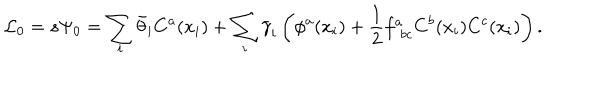
{ \cal L } _ { 0 } = s \Psi _ { 0 } = \sum _ { i } \bar { \theta } _ { i } C ^ { a } ( x _ { i } ) + \sum _ { i } \bar { \gamma } _ { i } \left( \phi ^ { a } ( x _ { i } ) + { \frac { 1 } { 2 } } f _ { \phantom { a } b c } ^ { a } C ^ { b } ( x _ { i } ) C ^ { c } ( x _ { i } ) \right) .